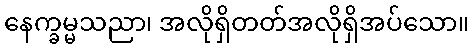
နေက္ခမ္မသညာ၊ အလိုရှိတတ်အလိုရှိအပ်သော။